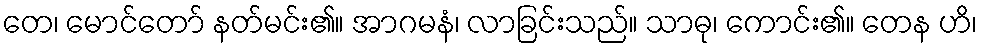
တေ၊ မောင်တော် နတ်မင်း၏။ အာဂမနံ၊ လာခြင်းသည်။ သာဓု၊ ကောင်း၏။ တေန ဟိ၊